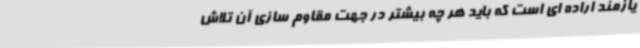
یازمند اراده ای است که باید هر چه بیشتر در جهت مقاوم سازی آن تلاش